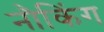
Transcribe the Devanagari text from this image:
नौकिंग